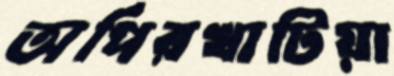
অর্পিরখাটিয়া